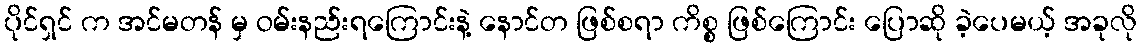
ပိုင်ရှင် က အင်မတန် မှ ဝမ်းနည်းရကြောင်းနဲ့ နောင်တ ဖြစ်စရာ ကိစ္စ ဖြစ်ကြောင်း ပြောဆို ခဲ့ပေမယ့် အခုလို